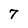
Character: 7